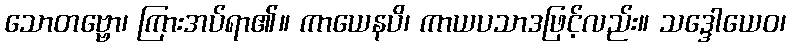
သောတဗ္ဗော၊ ကြားအပ်ရာ၏။ ကာယေနပိ၊ ကာယပသာဒဖြင့်လည်း။ သဒ္ဒေါယေဝ၊